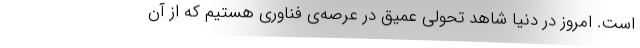
است. امروز در دنیا شاهد تحولی عمیق در عرصه‌ی فناوری هستیم که از آن